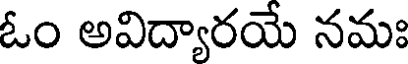
ఓం అవిద్యారయే నమః